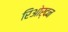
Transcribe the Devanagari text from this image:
रिओर्दन